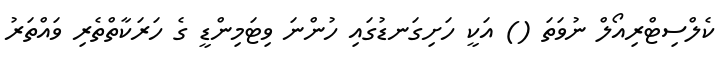
ކެލްސިޓްރިއޯލް ނުވަތަ () އަކީ ހަށިގަނޑުގައި ހުންނަ ވިޓަމިންޑީ ގެ ހަރަކާތްތެރި ވައްތަރު